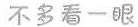
不多看一眼